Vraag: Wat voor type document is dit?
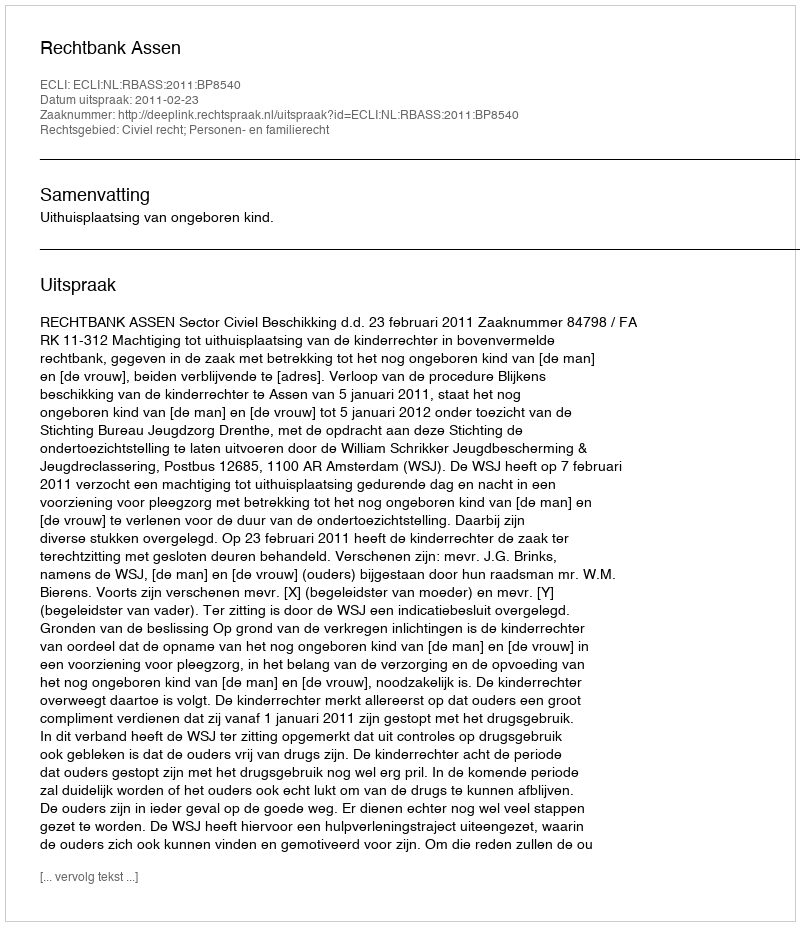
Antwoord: Uitspraak